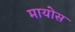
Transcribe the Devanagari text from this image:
मायोस